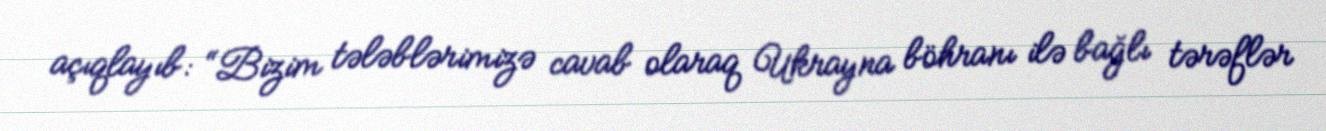
açıqlayıb: “Bizim tələblərimizə cavab olaraq Ukrayna böhranı ilə bağlı tərəflər